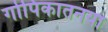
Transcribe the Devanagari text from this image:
गोपिकातनया